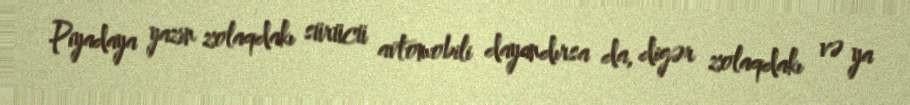
Piyadaya yazın zolaqdakı sürücü avtomobili dayandırsa da, digər zolaqdakı və ya